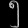
Digit: ၅